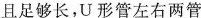
且足够长，U形管左右两管